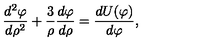
{ \frac { d ^ { 2 } \varphi } { d \rho ^ { 2 } } } + { \frac { 3 } { \rho } } { \frac { d \varphi } { d \rho } } = { \frac { d U ( \varphi ) } { d \varphi } } ,